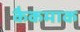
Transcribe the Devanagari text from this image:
कैकमाक